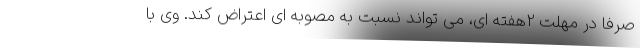
صرفا در مهلت 2هفته ای، می تواند نسبت به مصوبه ای اعتراض کند. وی با